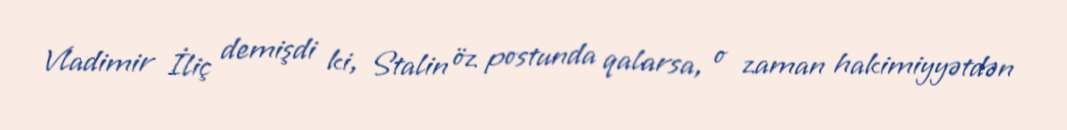
Vladimir İliç demişdi ki, Stalin öz postunda qalarsa, o zaman hakimiyyətdən